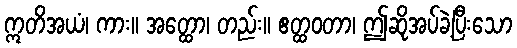
ဣတိအယံ၊ ကား။ အတ္ထော၊ တည်း။ ဧတ္ထဝတာ၊ ဤဆိုအပ်ခဲ့ပြီးသော